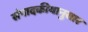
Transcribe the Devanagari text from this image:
संपादकीयानुसार